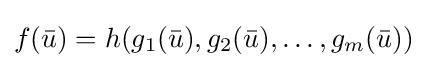
f({\bar {u}})=h(g_{1}({\bar {u}}),g_{2}({\bar {u}}),\dots ,g_{m}({\bar {u}}))